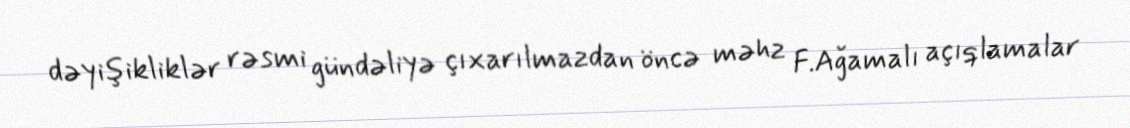
dəyişikliklər rəsmi gündəliyə çıxarılmazdan öncə məhz F.Ağamalı açıqlamalar